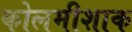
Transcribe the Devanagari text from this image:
कोलमीशाक